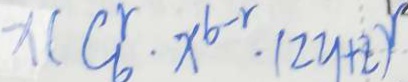
x ( C ^ { r } _ { b } \cdot x ^ { b - r } \cdot ( 2 y + z ) ^ { r }